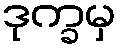
ဒုက္ခမှ